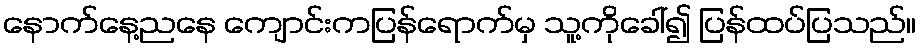
နောက်နေ့ညနေ ကျောင်းကပြန်ရောက်မှ သူ့ကိုခေါ်၍ ပြန်ထပ်ပြသည်။